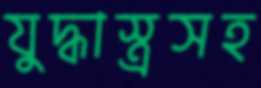
যুদ্ধাস্ত্রসহ